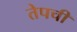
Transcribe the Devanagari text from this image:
तेपची